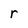
Character: r